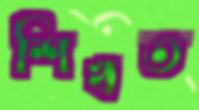
শিখত